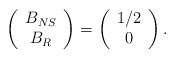
\begin{align*} \left(\begin{array}{c} B_{NS} \\ B_R \end{array}\right) = \left(\begin{array}{c} 1/2 \\ 0 \end{array}\right).\end{align*}